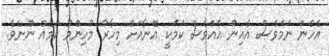
އެހެން ނަމަވެސް އެއިން އެއްވެސް ކަމަކީ އޭނާއަށް މިހާރު މުހިންމު ކަމެއް ނޫނެވެ.